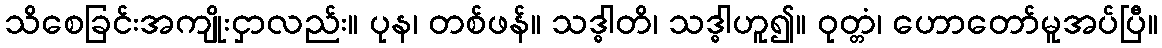
သိစေခြင်းအကျိုးငှာလည်း။ ပုန၊ တစ်ဖန်။ သဒ္ဓါတိ၊ သဒ္ဓါဟူ၍။ ဝုတ္တံ၊ ဟောတော်မူအပ်ပြီ။